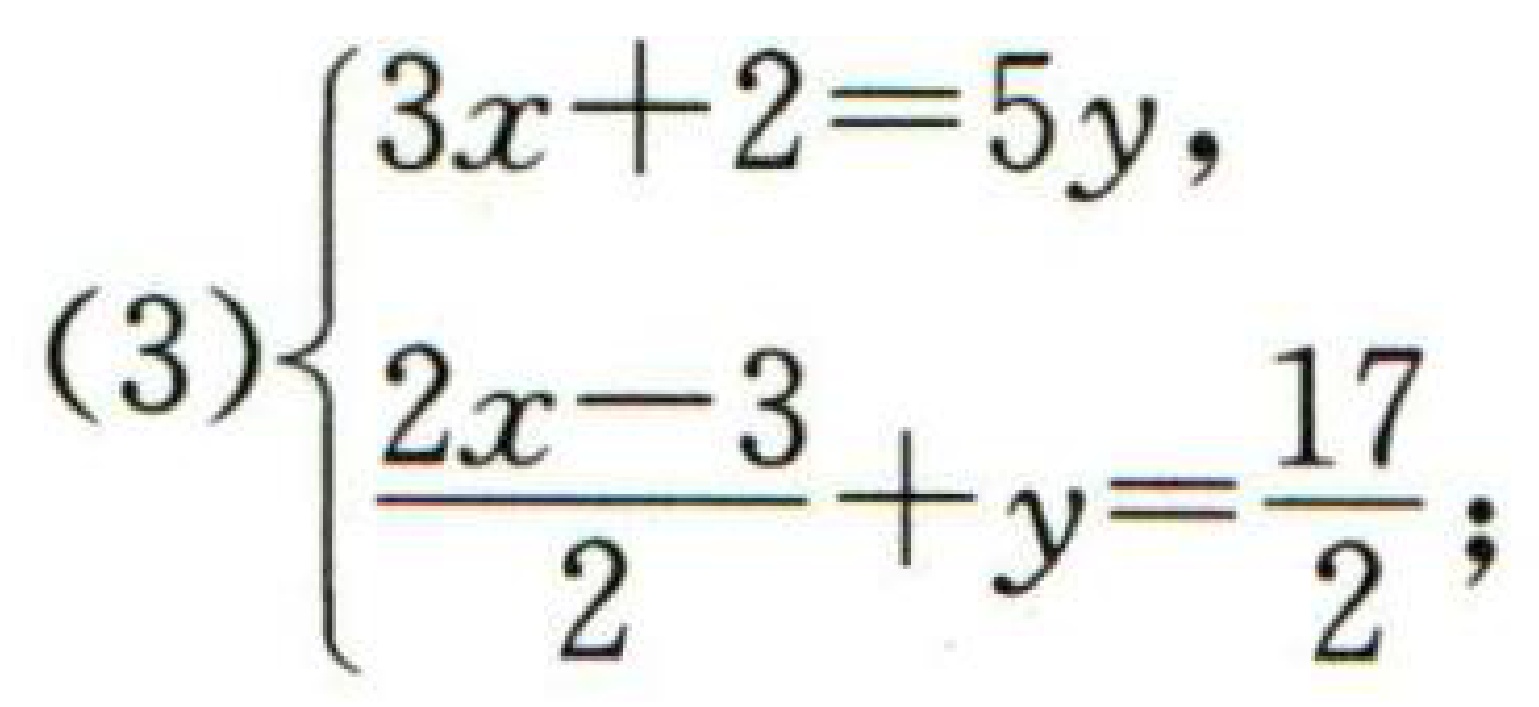
\[(3)\begin{cases}3x + 2 = 5y,\\\dfrac{2x - 3}{2}+y=\dfrac{17}{2};\end{cases}\]